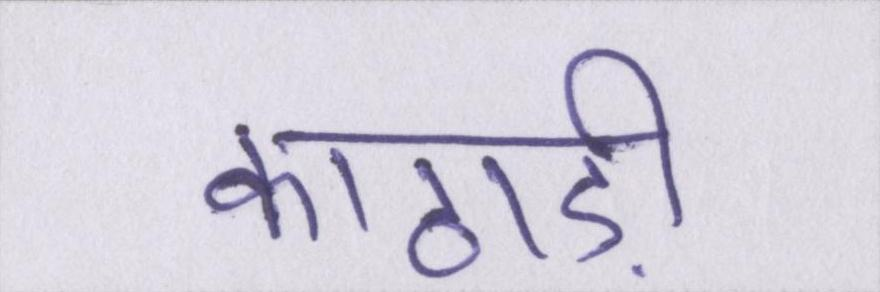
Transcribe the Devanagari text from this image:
काठाड़ी